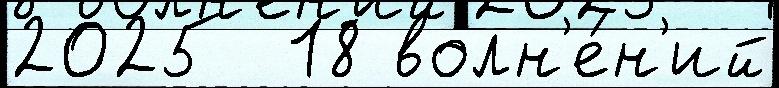
2025  18 волн'е́н'ий